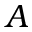
A